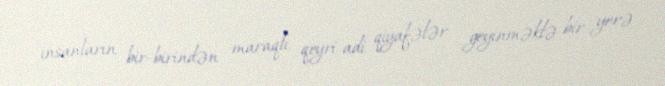
insanların bir-birindən maraqlı, qeyri-adi qiyafələr geyinməklə bir yerə